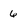
Character: 6